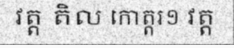
វត្ត តិល កោត្តរ១ វត្ត